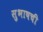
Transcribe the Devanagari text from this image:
सुभाषची